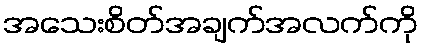
အသေးစိတ်အချက်အလက်ကို